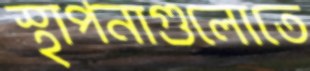
স্থাপনাগুলোতে